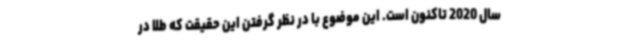
سال 2020 تاکنون است. این موضوع با در نظر گرفتن این حقیقت که طلا در